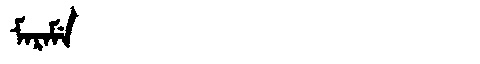
Manchu: ᠮᠠᡵᠠᠮᡝ
Romanization: MARAME